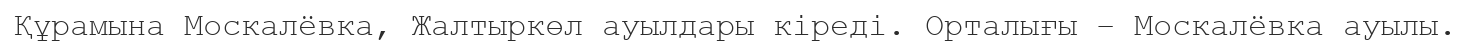
Құрамына Москалёвка, Жалтыркөл ауылдары кіреді. Орталығы – Москалёвка ауылы.